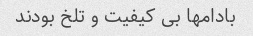
بادامها بی کیفیت و تلخ بودند